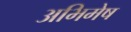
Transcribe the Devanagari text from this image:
अभिमेष